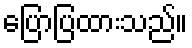
ပြောပြထားသည်။